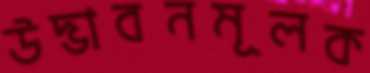
উদ্ভাবনমূলক